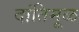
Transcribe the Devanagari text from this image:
दांतिमूळ